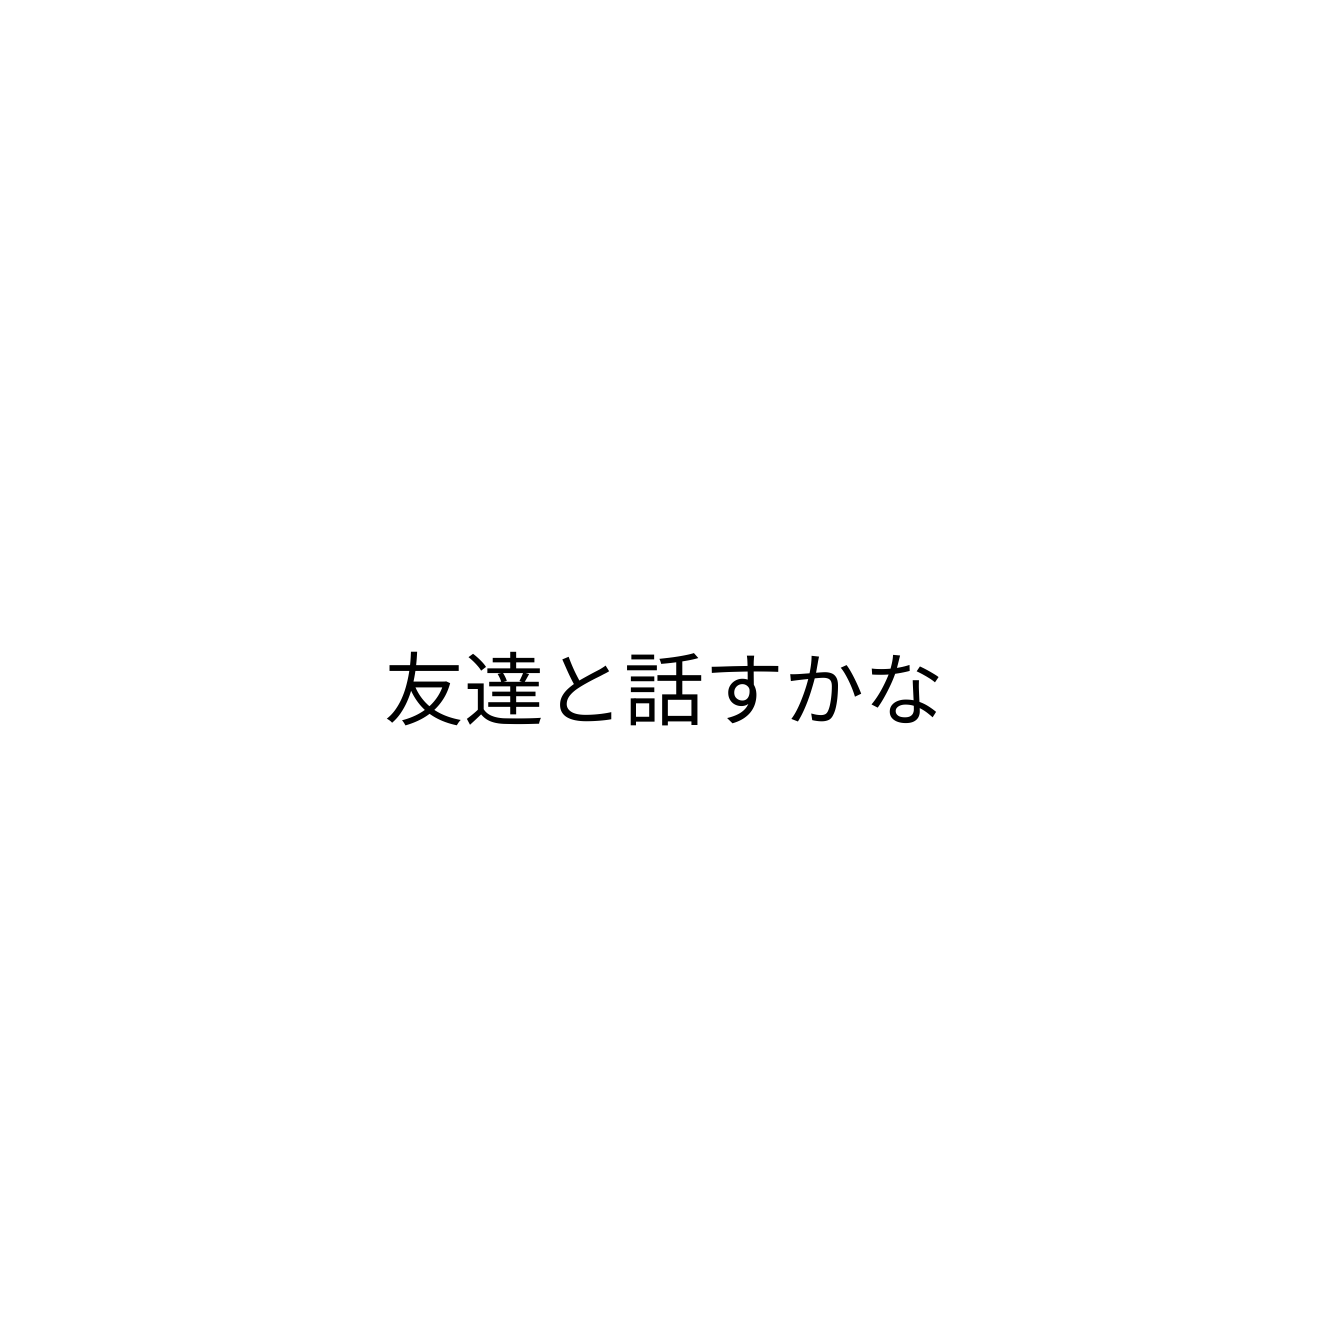
友達と話すかな